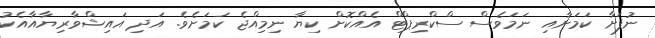
ނުފަށާ ކަމަށާއި ނަމަވެސް ސްކްރިޕްޓް އެއްކޮށް ކިޔާ ނިމިއްޖެ ކަމަށެވެ. އަދި އައިޝްވާރިޔާއާއެކު